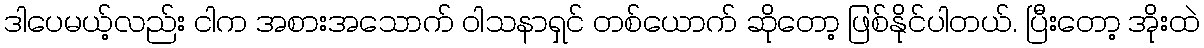
ဒါပေမယ့်လည်း ငါက အစားအသောက် ဝါသနာရှင် တစ်ယောက် ဆိုတော့ ဖြစ်နိုင်ပါတယ်. ပြီးတော့ အိုးထဲ